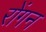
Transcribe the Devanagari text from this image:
रोंगन